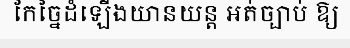
កែច្នៃដំឡើងយានយន្ត អត់ច្បាប់ ឱ្យ